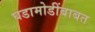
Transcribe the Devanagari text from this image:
घडामोडींबाबत